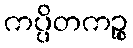
ကပ္ပိတကဉ္စ